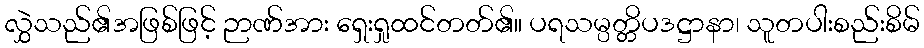
လွှဲသည်၏အဖြစ်ဖြင့် ဉာဏ်အား ရှေးရှုထင်တတ်၏။ ပရသမ္ပတ္တိပဒဋ္ဌာနာ၊ သူတပါးစည်းစိမ်